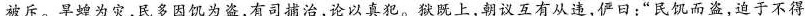
被斥。旱蝗为灾，民多因饥为盗，有司捕治，论以真犯。狱既上，朝议互有从违，俨日：”民饥而盗，迫于不得